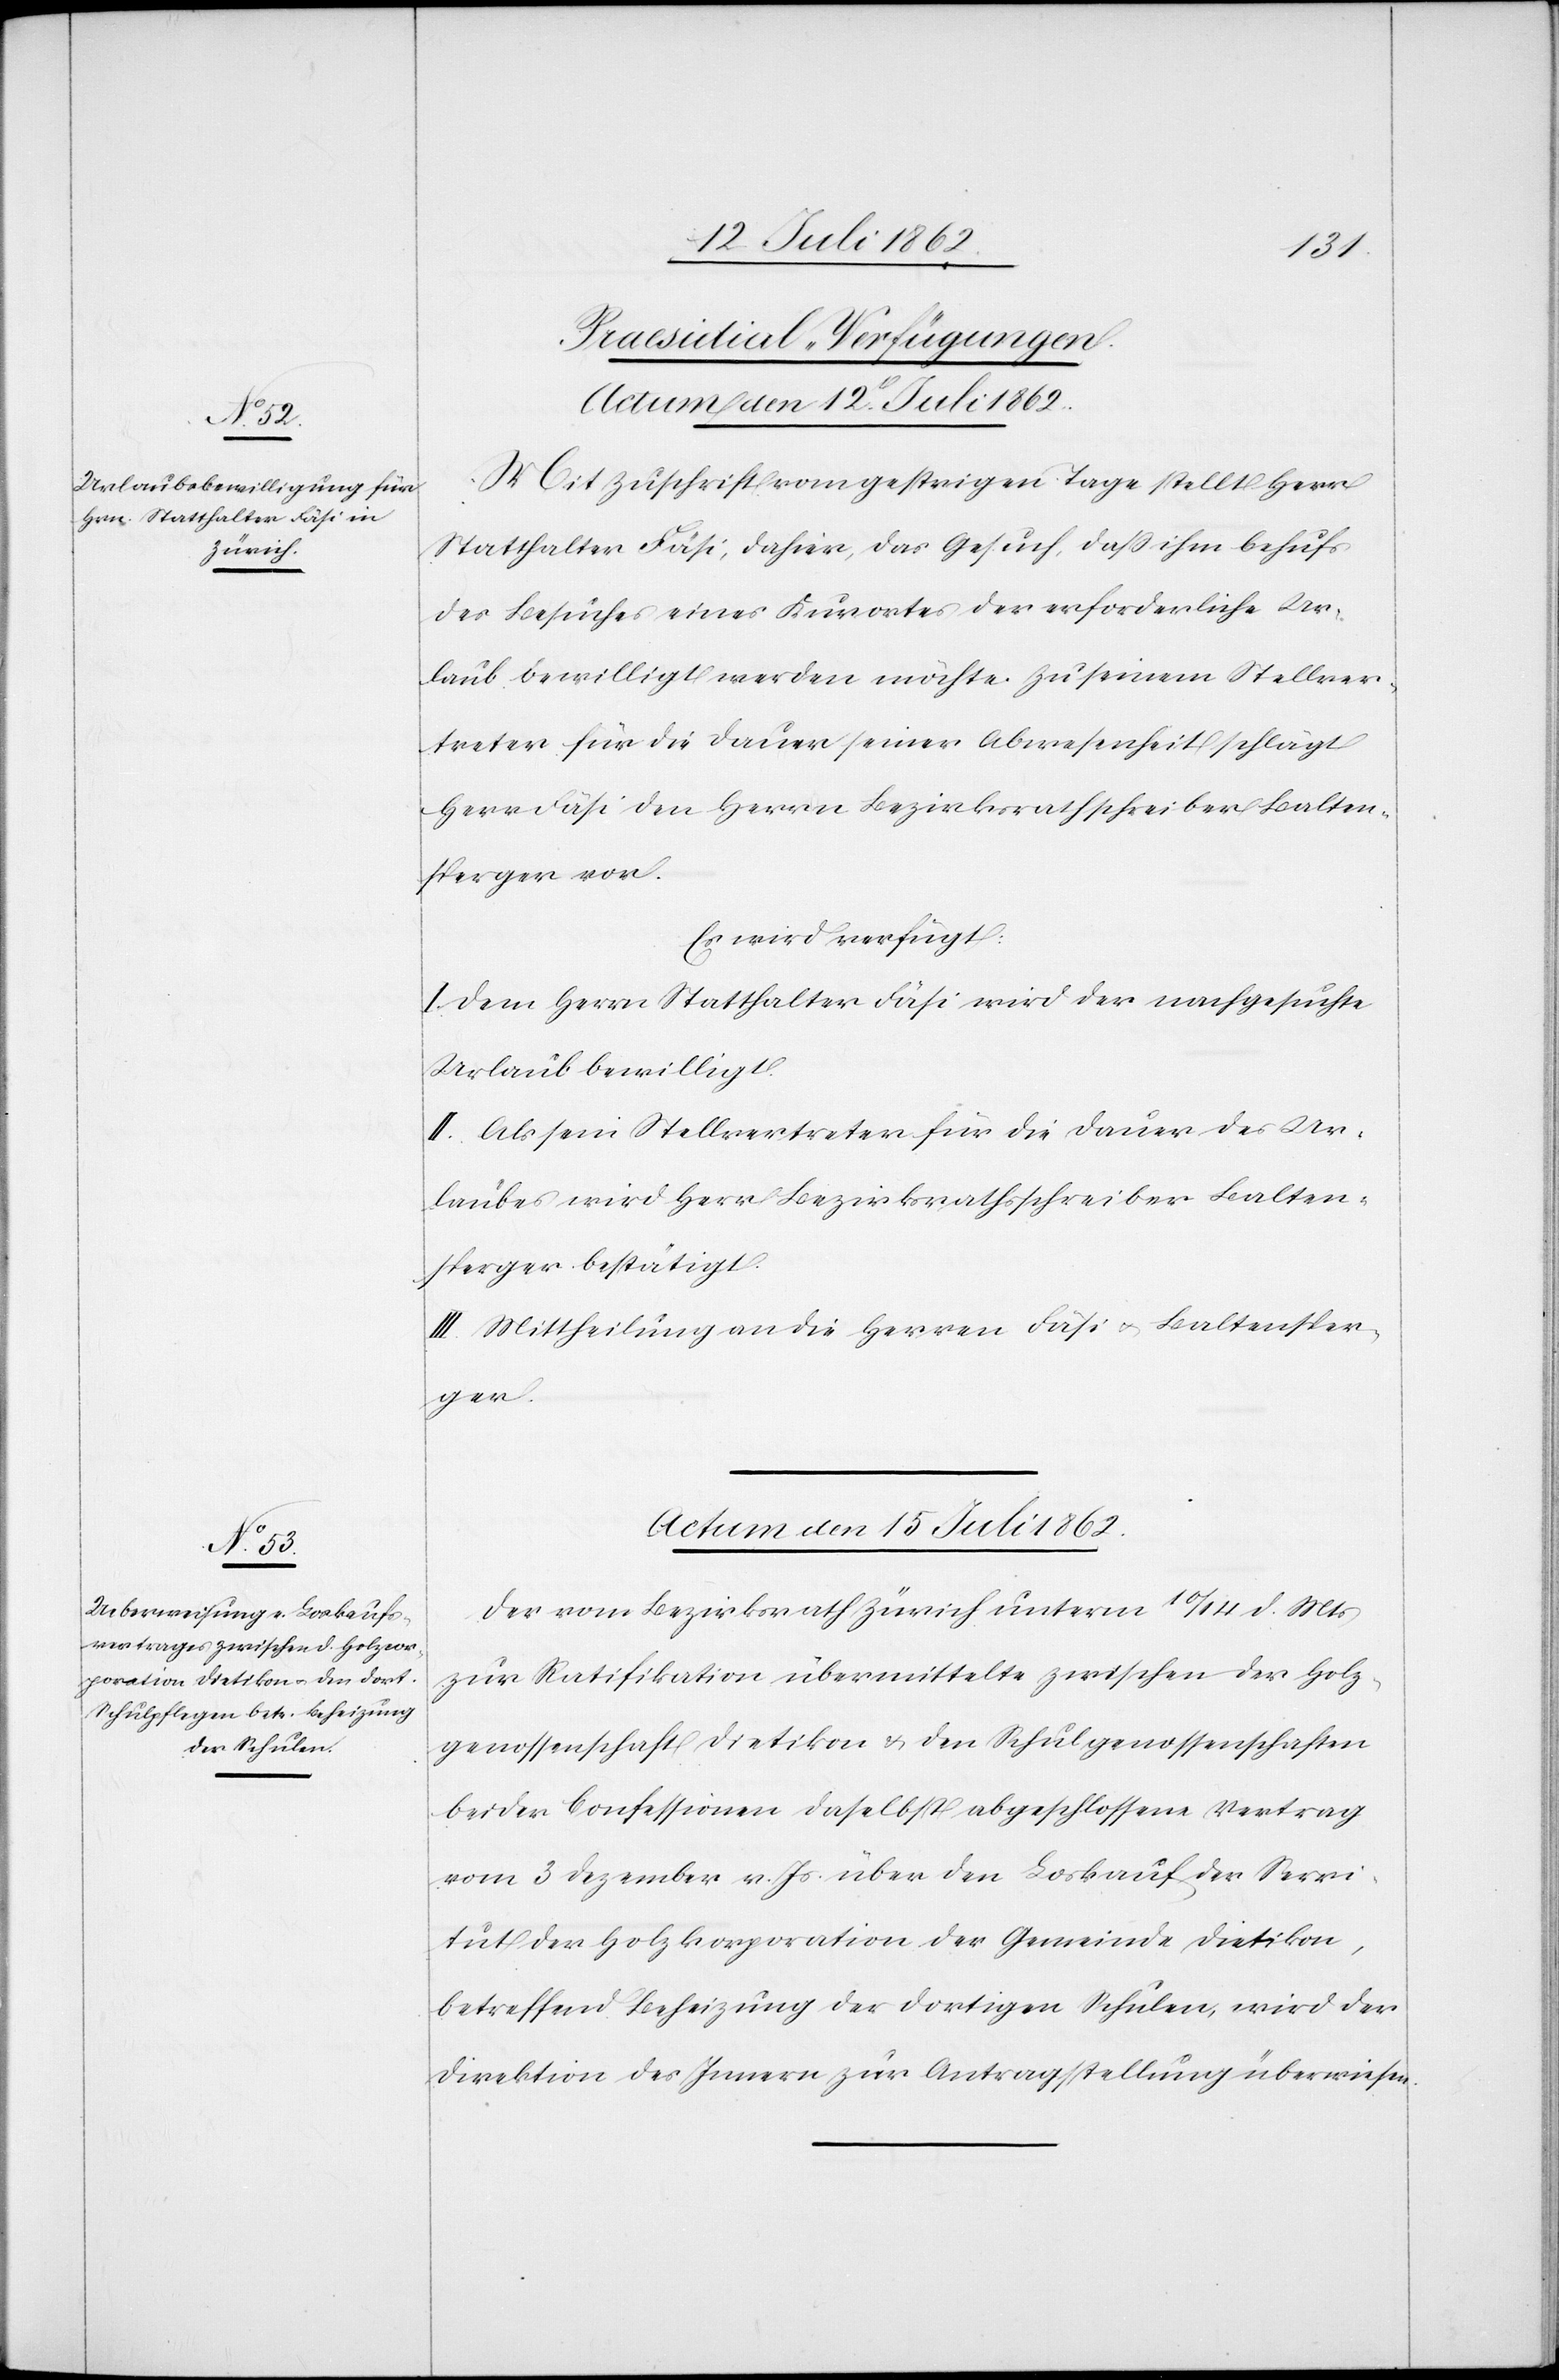
[Praesidial-Verfügungen.]
Mit Zuschrift vom gestrigen Tage stellt Herr
Statthalter Fäsi, dahier, das Gesuch, daß ihm behufs
des Besuches eines Kurortes der erforderliche Ur¬
laub bewilligt werden möchte. Zu seinem Stellver¬
treter für die Dauer seiner Abwesenheit schlägt
Herr Fäsi den Herrn Bezirksrathschreiber Balten¬
sperger vor.
Es wird verfügt:
I. Dem Herrn Statthalter Fäsi wird der nachgesuchte
Urlaub bewilligt.
II. Als sein Stellvertreter für die Dauer des Ur¬
laubes wird Herr Bezirksrathsschreiber Balten¬
sperger bestätigt.
III. Mittheilung an die Herren Fäsi u. Baltensper¬
ger.
Actum den 15. Juli 1862.
Der Bezirksrath Zürich unterm 10./14. d. Mts.
zur Ratifikation übermittelte zwischen der Holz¬
genossenschaft Dietikon u. den Schulgenossenschaften
beider Confessionen daselbst abgeschlossene Vertrag
vom 3. Dezember v. Js. über den Loskauf der Servi¬
tut der Holzkorporation der Gemeinde Dietikon,
betreffend Beheizung der dortigen Schulen, wird der
Direktion des Innern zur Antragstellung überwiesen.